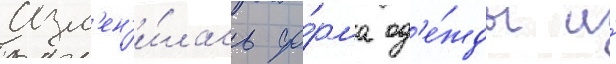
Изм'ен'и́лась фо́рма од'е́жды и́